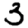
Digit: 3